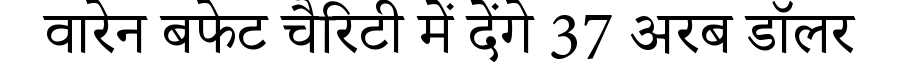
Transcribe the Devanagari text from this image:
वारेन बफेट चैरिटी में देंगे 37 अरब डॉलर